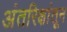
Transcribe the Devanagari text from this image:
अंतरिक्षांतून